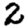
Digit: 2